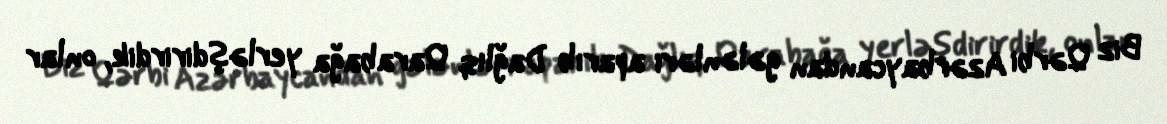
Biz Qərbi Azərbaycandan gələnləri aparıb Dağlıq Qarabağa yerləşdirirdik, onlar